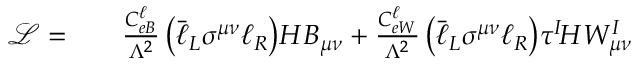
\begin{array} { r l r } { \mathcal { L } = } & { { } } & { \frac { C _ { e B } ^ { \ell } } { \Lambda ^ { 2 } } \left( \bar { \ell } _ { L } \sigma ^ { \mu \nu } \ell _ { R } \right) \! H B _ { \mu \nu } + \frac { C _ { e W } ^ { \ell } } { \Lambda ^ { 2 } } \left( \bar { \ell } _ { L } \sigma ^ { \mu \nu } \ell _ { R } \right) \! \tau ^ { I } \! H W _ { \mu \nu } ^ { I } } \end{array}